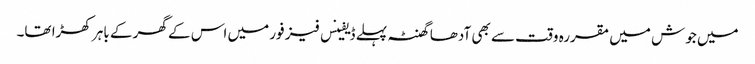
میں جوش میں مقررہ وقت سے بھی آدھا گھنٹہ پہلے ڈیفینس فیز فور میں اس کے گھر کے باہر کھڑا تھا۔